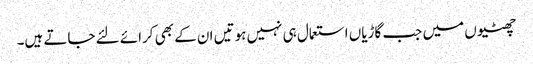
چھٹیوں میں جب گاڑیاں استعمال ہی نہیں ہوتیں ان کے بھی کرائے لئے جاتے ہیں۔